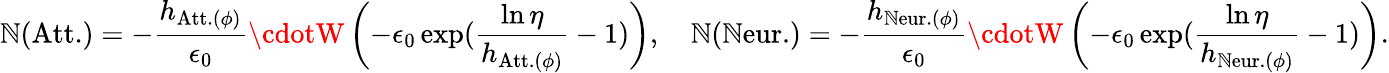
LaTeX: \mathbb{N}(\mathrm{{Att.}})=-\frac{{h_{\mathrm{{Att.}}(\phi)}}}{{\epsilon_{0}}}\cdotW\left(-\epsilon_{0}\exp(\frac{{\ln\eta}}{{h_{\mathrm{{Att.}}(\phi)}}}-1)\right),\quad\mathbb{N}(\mathrm{{\mathbb{N}eur.}})=-\frac{{h_{\mathrm{{\mathbb{N}eur.}}(\phi)}}}{{\epsilon_{0}}}\cdotW\left(-\epsilon_{0}\exp(\frac{{\ln\eta}}{{h_{\mathrm{{\mathbb{N}eur.}}(\phi)}}}-1)\right).